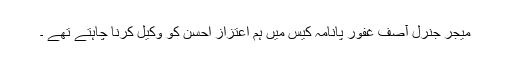
میجر جنرل آصف غفور پانامہ کیس میں ہم اعتزاز احسن کو وکیل کرنا چاہتے تھے ۔